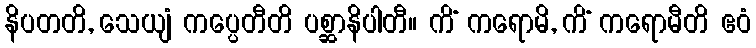
နိပတတိ, သေယျံ ကပ္ပေတီတိ ပစ္ဆာနိပါတီ။ ကိံ ကရောမိ, ကိံ ကရောမီတိ ဧဝံ